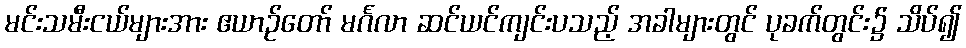
မင်းသမီးငယ်များအား ဧယာဉ်တော် မင်္ဂလာ ဆင်ယင်ကျင်းပသည့် အခါများတွင် ပုခက်တွင်း၌ သိပ်၍